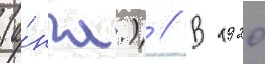
(а́нгл.) // В 1920